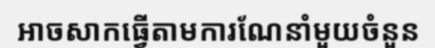
អាចសាកធ្វើតាមការណែនាំមួយចំនួន